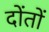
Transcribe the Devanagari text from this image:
दोंतों